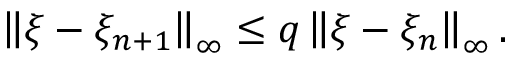
\left\| \xi - \xi _ { n + 1 } \right\| _ { \infty } \leq q \left\| \xi - \xi _ { n } \right\| _ { \infty } .